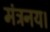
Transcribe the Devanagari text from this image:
मंत्रनय।